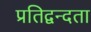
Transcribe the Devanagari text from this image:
प्रतिद्वन्दता